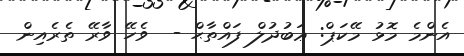
އެންމެ މޮޅު މޭކަޕް: ޢަބުދުލް ފައްތާޙް -  ވެހޭ ވާރޭ ތެރެއިން